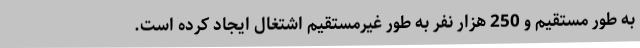
به طور مستقیم و 250 هزار نفر به طور غیرمستقیم اشتغال ایجاد کرده است.